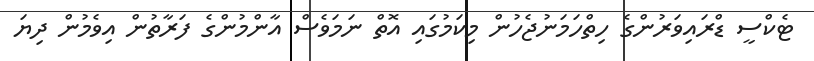
ޓެކްސީ ޑްރައިވަރުންގެ ހިތްހަމަނުޖެހުން މިކަމުގައި އޮތް ނަމަވެސް އާންމުންގެ ފަރާތުން އިވެމުން ދިޔަ